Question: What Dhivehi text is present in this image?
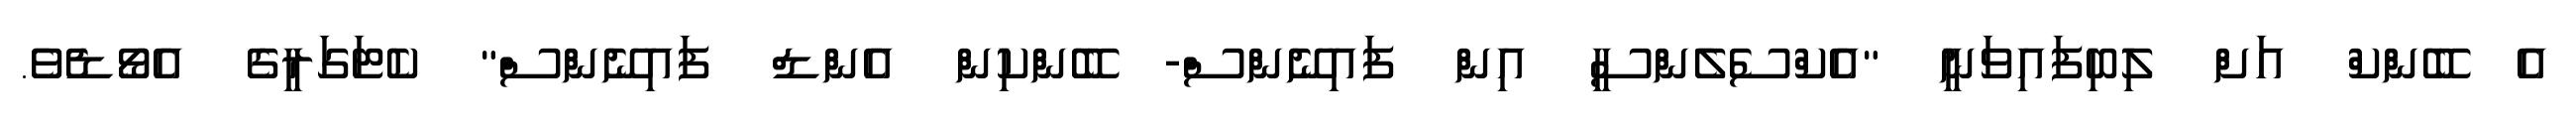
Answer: އެ ބޭންކް އަށް ލިބިފައިވަނީ "އެކްސެލެންސީ އިން ފައިނޭންސް- ބޭންކިން އެންޑް ފައިނޭންސް" ކެޓަގަރީގެ އެވޯޑެވެ.